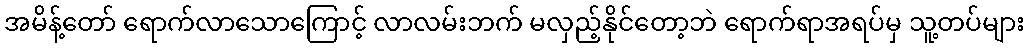
အမိန့်တော် ရောက်လာသောကြောင့် လာလမ်းဘက် မလှည့်နိုင်တော့ဘဲ ရောက်ရာအရပ်မှ သူ့တပ်များ